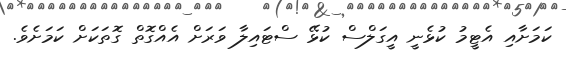
ކަމަށާއި އެޓީމު ކުޅެނީ އީގަލްސް ކުޅޭ ސްޓައިލާ ވަރަށް އެއްގޮތް ގޮތަކަށް ކަމަށެވެ.